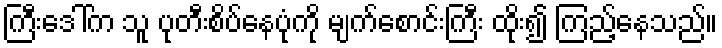
ကြီးဒေါ်က သူ ပုတီးစိပ်နေပုံကို မျက်စောင်းကြီး ထိုး၍ ကြည့်နေသည်။